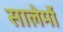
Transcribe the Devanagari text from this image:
सालेर्मो